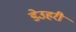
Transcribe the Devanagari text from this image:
डेउहरी